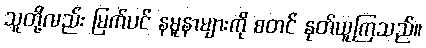
သူတို့လည်း မြက်ပင် နမူနာများကို စတင် နုတ်ယူကြသည်။